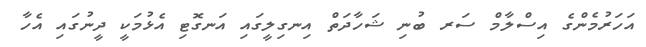
އަހަރުމެންގެ އިސްލާމް ސަރ ބުނި ޝަހާދަތް އިނގިލީގައި އަނގޮޓި އެޅުމަކީ ދީނުގައި އެހާ